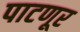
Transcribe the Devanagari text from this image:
पाटणूर